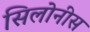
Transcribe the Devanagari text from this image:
सिलोनीस